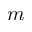
m